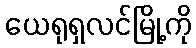
ယေရုရှလင်မြို့ကို